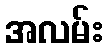
အလမ်း